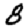
Digit: 8